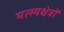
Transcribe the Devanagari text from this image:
मत्स्यक्षेत्रों